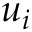
u _ { i }